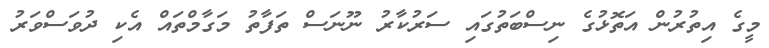
މީގެ އިތުރުން އަތޮޅުގެ ނިސްބަތުގައި ސަރުކާރު ނޫނަސް ތަފާތު މަގާމްތައް އެކި ދުވަސްވަރު